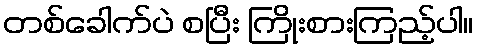
တစ်ခေါက်ပဲ စပြီး ကြိုးစားကြည့်ပါ။